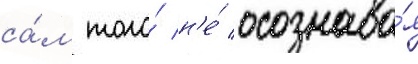
са́м того́ н'е́ осознава́я